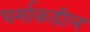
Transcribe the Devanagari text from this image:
धर्माकडील